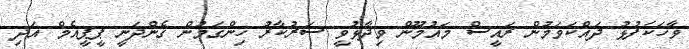
ވާހަކަފުޅު ދައްކަވަމުން ރައީސް މައުމޫން ވިދާޅުވީ ސަރުކާރު ހިންގަމުން ގެންދަނީ ޕީޕީއެމް އަދި